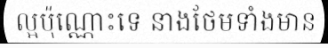
ល្អប៉ុណ្ណោះទេ នាងថែមទាំងមាន